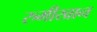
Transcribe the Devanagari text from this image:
रुमीखान